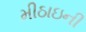
મીઠાઇની